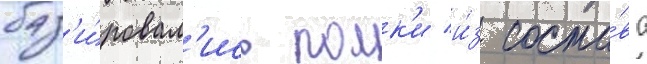
баз'и́ровал'ись полк'и и́з соста́ва